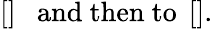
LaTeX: \left[\begin{array}{lllllll}\end{array}\right]~~~\textrm{and~then~to~}\left[\begin{array}{lllllll}\end{array}\right].